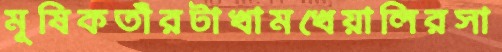
মূষিকতাঁরটাখামখেয়ালিরসা